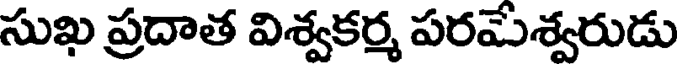
సుఖ ప్రదాత విశ్వకర్మ పరమేశ్వరుడు